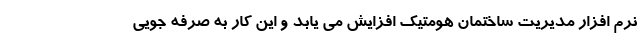
نرم افزار مدیریت ساختمان هومتیک افزایش می یابد و این کار به صرفه جویی